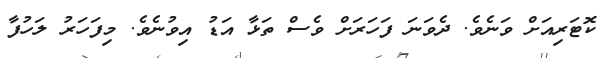
ކޮޓަރިއަށް ވަނެވެ. ދެވަނަ ފަހަރަށް ވެސް ތަޅާ އަޑު އިވުނެވެ. މިފަހަރު ލަހުފާ